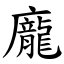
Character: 龐